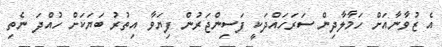
އެ ޒުވާނާއަށް ހަމާލާދިން ސަރަަހައްދަކީ ފަސިންޖަރުން ފިޔަވާ އިތުރު ބަޔަކަށް ހުއްދަ ނެތި